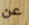
عن